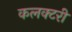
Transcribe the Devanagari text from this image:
कलक्‍टरी